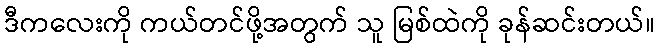
ဒီကလေးကို ကယ်တင်ဖို့အတွက် သူ မြစ်ထဲကို ခုန်ဆင်းတယ်။